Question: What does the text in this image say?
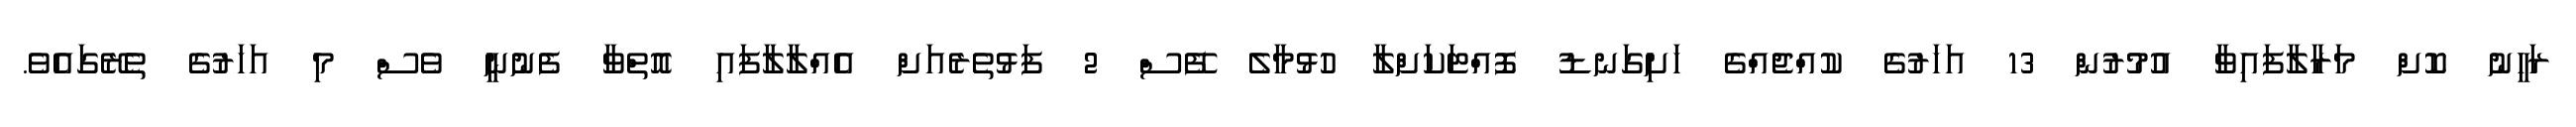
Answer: ރަހީނު ކޮށް މަރާލާފައިވާ އުމުރުން 13 އަހަރުގެ ކުއްޖެއްގެ ހަށިގަނޑު ފޮއްޓަކަށްލާ ހުޅުމާލެ ފޭސް 2 ފަޅުތެރެއަށް އެއްލާލާފައި އޮތްވާ ފެނުނީ ވެސް މި އަހަރުގެ ތެރޭގައެވެ.